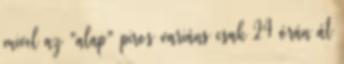
mivel az "alap" piros variáns csak 24 órán át